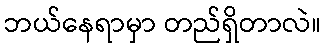
ဘယ်နေရာမှာ တည်ရှိတာလဲ။